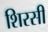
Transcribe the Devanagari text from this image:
शिरसी